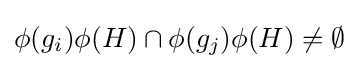
\phi (g_{i})\phi (H)\cap \phi (g_{j})\phi (H)\neq \emptyset